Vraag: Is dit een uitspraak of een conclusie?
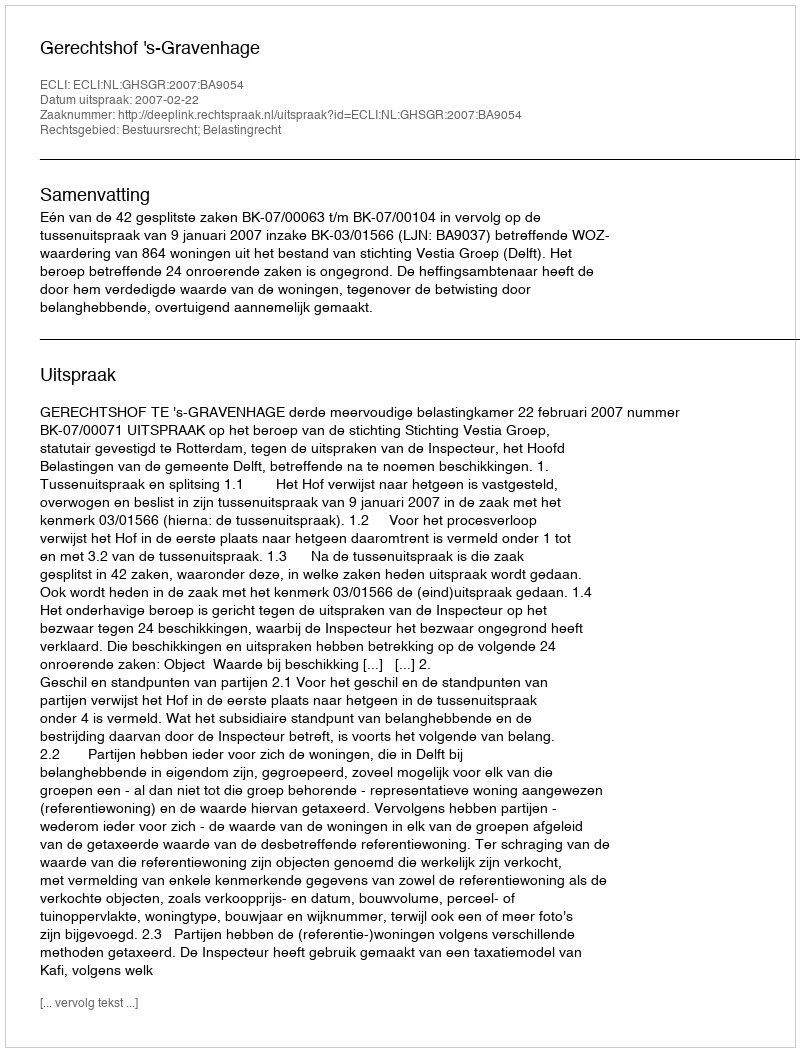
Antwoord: Uitspraak